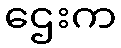
ဌေးက